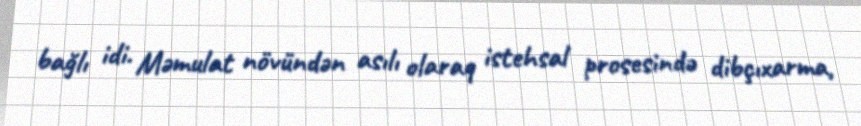
bağlı idi. Məmulat növündən asılı olaraq istehsal prosesində dibçıxarma,